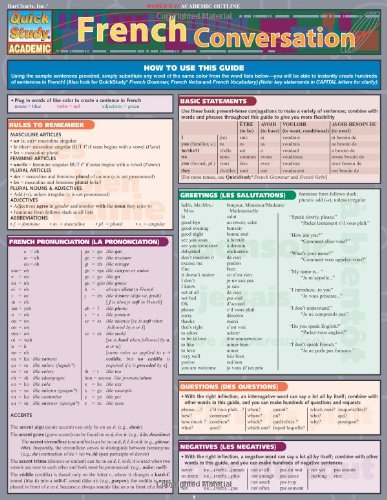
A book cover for French Conversation (Quickstudy: Academic); Inc. BarCharts; Reference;